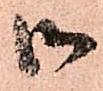
御